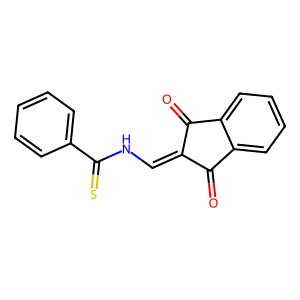
SMILES: O=C1C(=CNC(=S)c2ccccc2)C(=O)c2ccccc21
Inhibits HIV replication: No